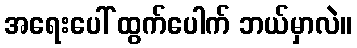
အရေးပေါ် ထွက်ပေါက် ဘယ်မှာလဲ။